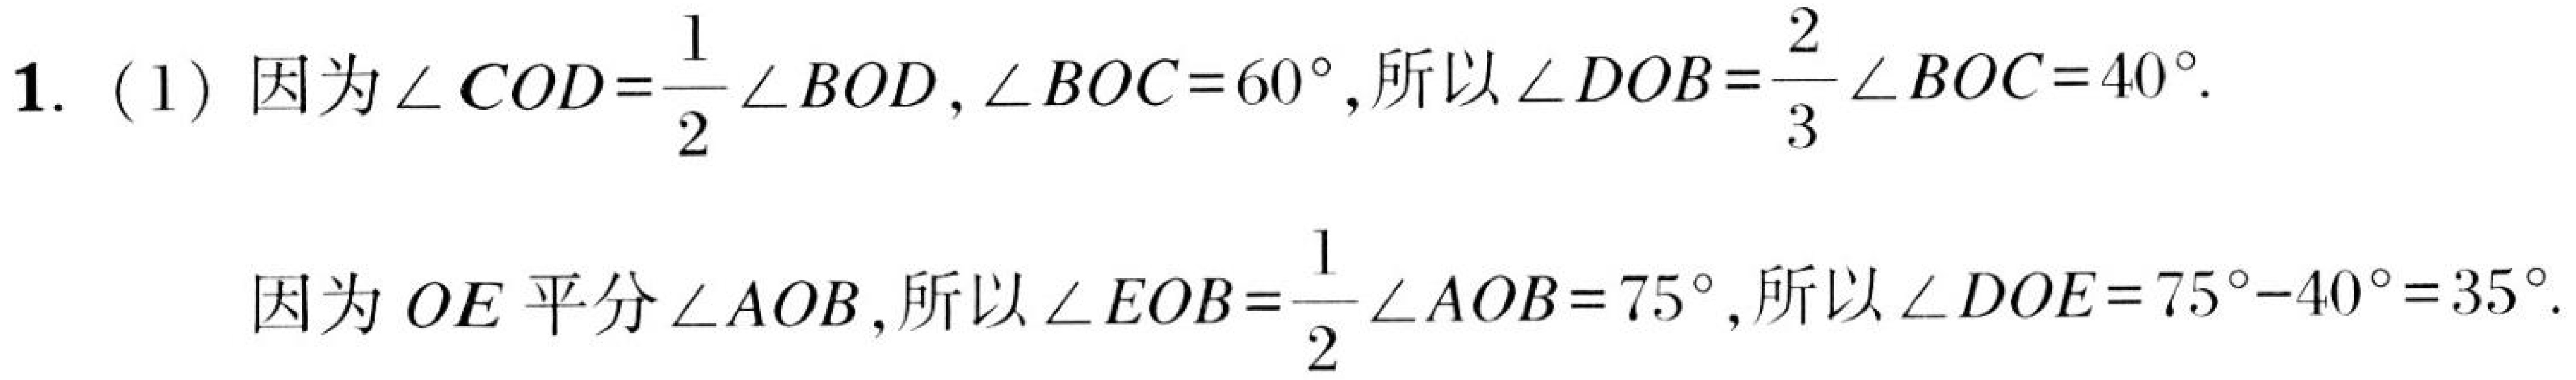
1. (1) 因为$\angle COD=\dfrac{1}{2}\angle BOD,\angle BOC = 60^{\circ}$,所以$\angle DOB=\dfrac{2}{3}\angle BOC = 40^{\circ}$.
因为$OE$平分$\angle AOB$,所以$\angle EOB=\dfrac{1}{2}\angle AOB = 75^{\circ}$,所以$\angle DOE=75^{\circ}-40^{\circ}=35^{\circ}$.